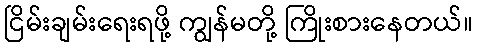
ငြိမ်းချမ်းရေးရဖို့ ကျွန်မတို့ ကြိုးစားနေတယ်။